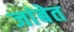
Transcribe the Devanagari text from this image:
जांबेत